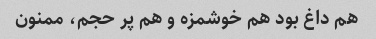
هم داغ بود هم خوشمزه و هم پر حجم، ممنون